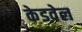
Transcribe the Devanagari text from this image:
केडवेल